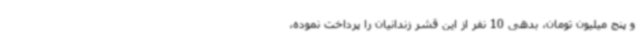
و پنج میلیون تومان، بدهی 10 نفر از این قشر زندانیان را پرداخت نموده،